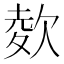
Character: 𣣋